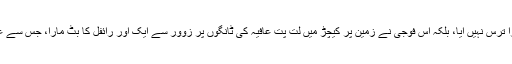
ان ذلیل امریکی فوجیوں کو ایک نہتی اور بندھی ہوئی عورت پر ظلم کے پہاڑ توڑتے ہوئے ذرا ترس نہیں آیا، بلکہ اس فوجی نے زمین پر کیچڑ میں لت پت عافیہ کی ٹانگوں پر زوور سے ایک اور رائفل کا بٹ مارا، جس سے عافیہ کے منہ سے پھر چیخیں بلند ہوئیں اور اس نے ایک بار پھر اٹھ کر چلنے کی کوشش کی۔